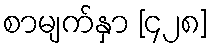
စာမျက်နှာ [၄၂၈]